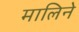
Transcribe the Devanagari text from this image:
मालिने